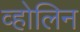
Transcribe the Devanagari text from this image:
व्होलिन